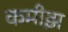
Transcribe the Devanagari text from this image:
कमीझ